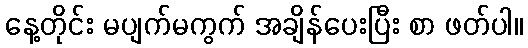
နေ့တိုင်း မပျက်မကွက် အချိန်ပေးပြီး စာ ဖတ်ပါ။